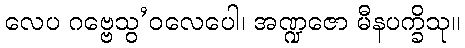
လေပ ဂဗ္ဗေသွ’ဝလေပေါ၊ အဏ္ဍဇော မီနပက္ခိသု။